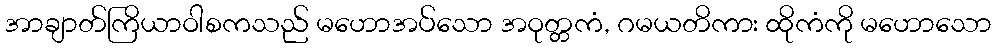
အာချာတ်ကြိယာဝါစကသည် မဟောအပ်သော အဝုတ္တကံ, ဂမယတိကား ထိုကံကို မဟောသော